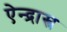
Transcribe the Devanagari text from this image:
ऐन्द्रास्त्र